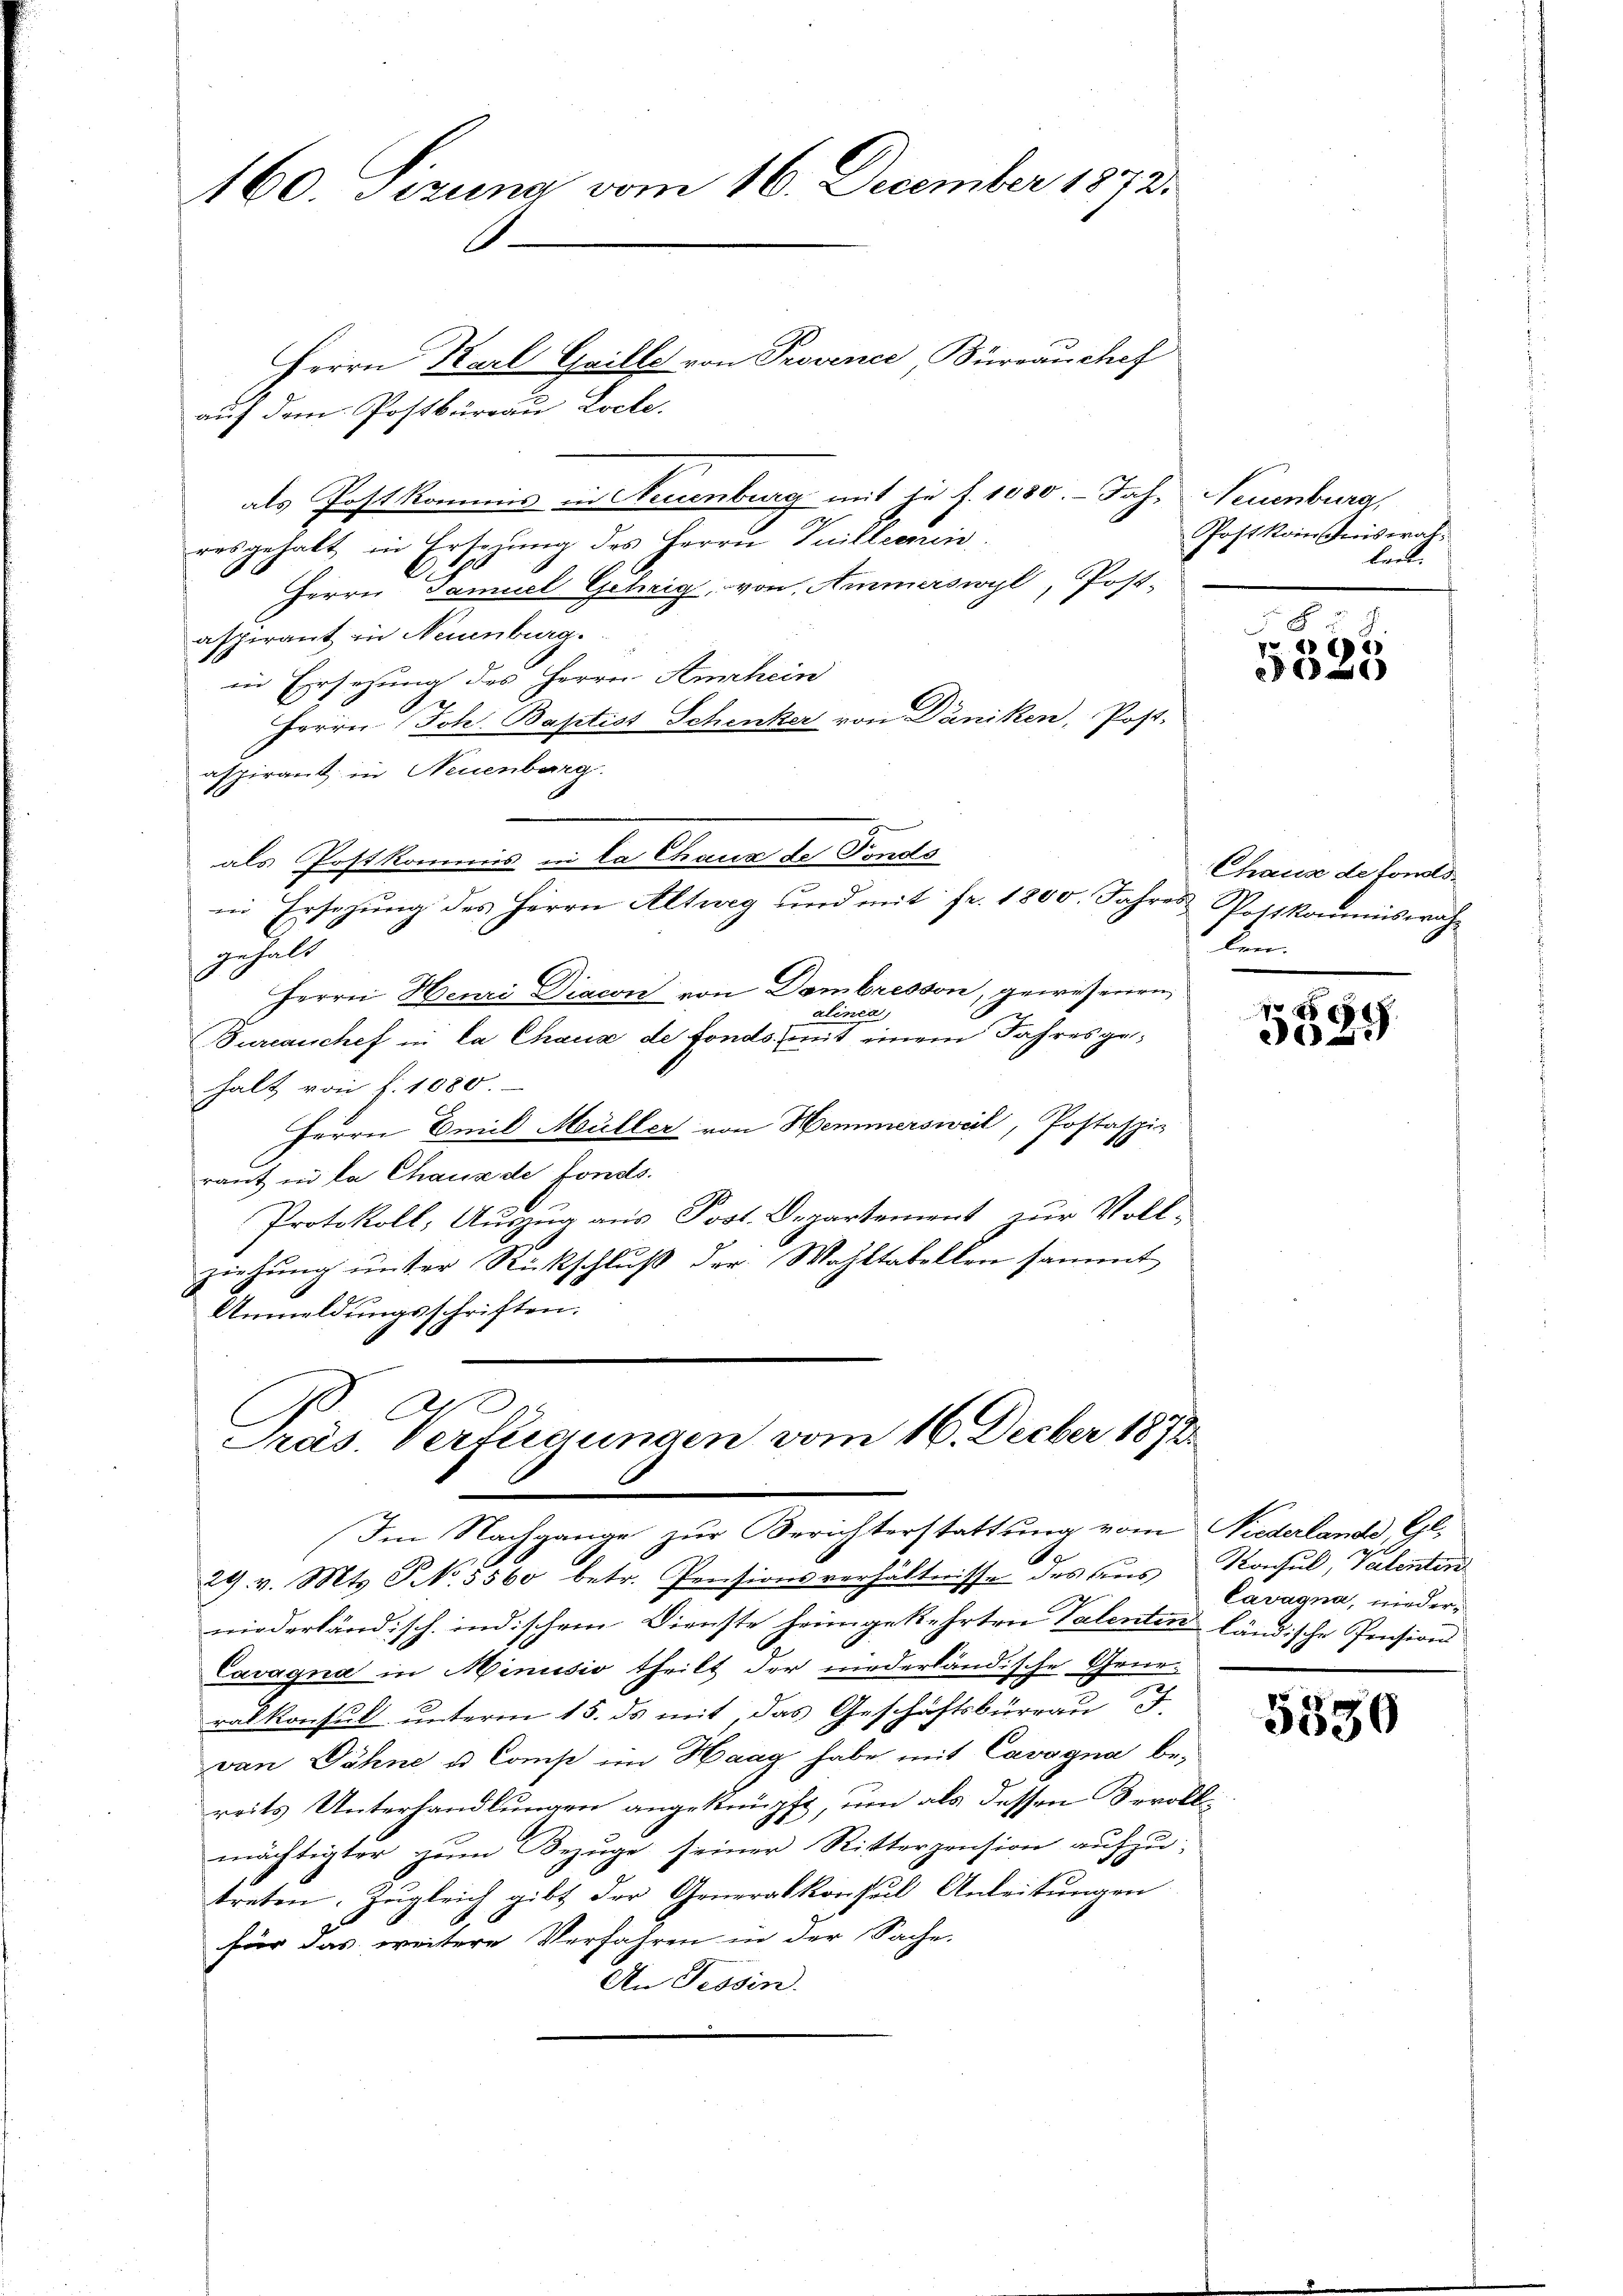
160. Sizung vom 16. December 1872.

Herrn Karl Grille von Provence, Bürrauchef
auf dem Postbüreau, Locke.
als Post kommis in Neuenburg mit je f. 1080. - Jahr Neuenburg,
resgehalt in Ersezung des Herrn Guillemen
A
Herrn Famuel Gehrig, von Ammerswyl, Post-
aspirant in Neuenburg.
in Ersezung des Herrn Amrhein
.
Herrn Joh. Baptist Schenker von Däniken, Post-
aspirant in Neuenburg.
als Postkommis in La Chaux de Fonds
in Ersetzŭng des Herrn Altweg und mit fr. 1800. Jahres Postkommiswah-
gehalt
Herrn Henri Diacon von Dambresson, gewesenen
alinea
Fureauchef in la Chaux de fonds. mit einem Jahresgehalt von f. 1080.
Herrn Emil Müller von Hemmersweil, Postaspi-
raut in da Chaux de fonds.
Protokoll, Auszug aus Post. Departement zur Voll-
ziehung unter Rückschluß der Wahltabellen sammt
Anmeldungsschriften.

Als
Präs. Verfügungen vom 16. Decber 1872
Im Nachgange zur Berichterstattung vom Niederlande Gl.

S

Postkoministrat
len.

29. v. Mts. S. 5560 betr. Pensionsverhältnisse des Beis
9
niederländisch, indischem Dienste heimgekehrten Talenten ländische Pension
Cavagna in Minusio theilt der niederländische Generalkonsul unterm 15. ds mit das Geschäftsbüreau d.
van Dähne u. Comp im Haag habe mit Cavogna bereits Unterhandlungen angeknüpft, um als dessen Bevoll
mächtigter zum Bezuge seiner Ritterpension aufzu-
treten. Zugleich gibt der Generalkonsul Anleitungen
für das weitere Verfahren in der Sache.
An Tessin.

e

Chaus de fonds
ken.

x
3089

Konsul, Valenten
Cavagna, nieder¬

3530